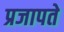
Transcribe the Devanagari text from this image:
प्रजापते